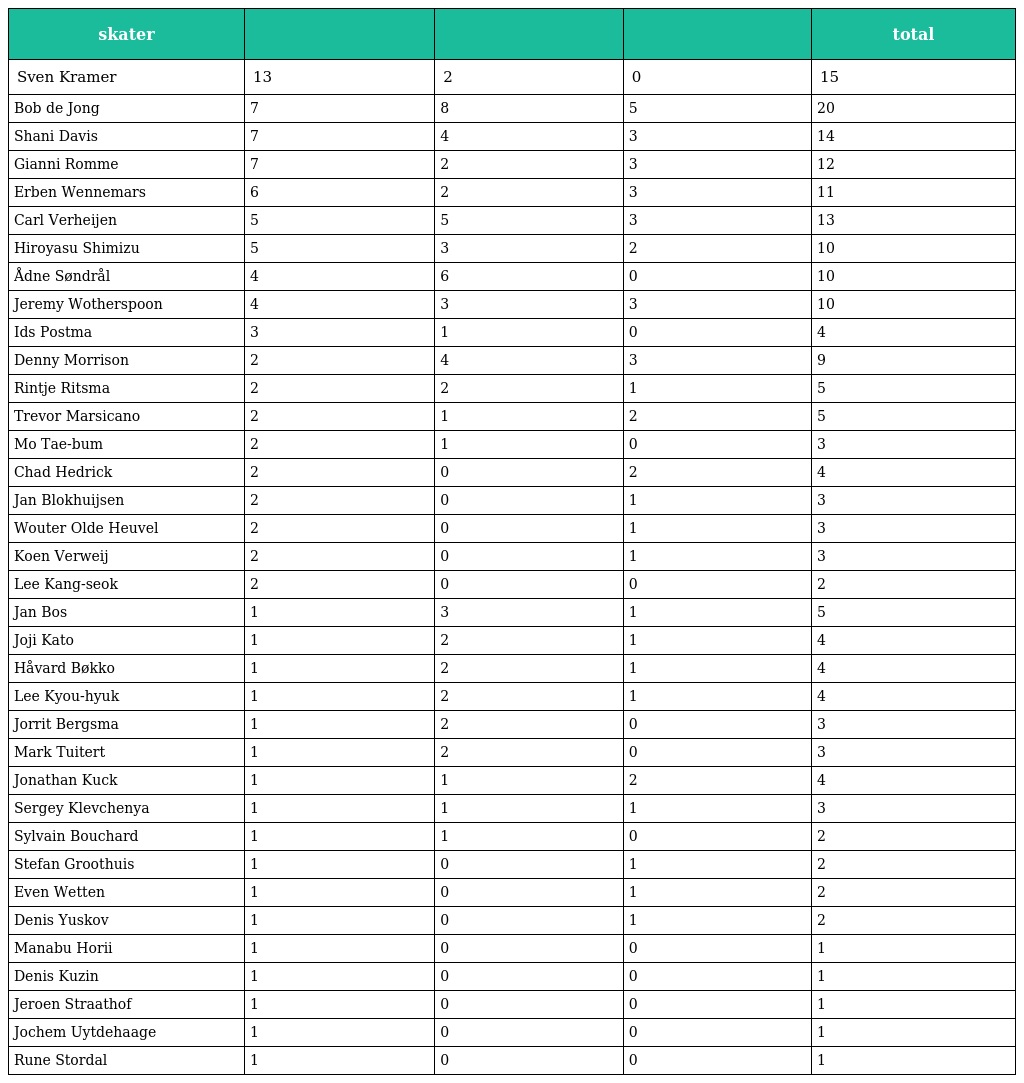
| skater |  |  |  | total |
 | --- | --- | --- | --- | --- |
 | Sven Kramer | 13 | 2 | 0 | 15 |
 | Bob de Jong | 7 | 8 | 5 | 20 |
 | Shani Davis | 7 | 4 | 3 | 14 |
 | Gianni Romme | 7 | 2 | 3 | 12 |
 | Erben Wennemars | 6 | 2 | 3 | 11 |
 | Carl Verheijen | 5 | 5 | 3 | 13 |
 | Hiroyasu Shimizu | 5 | 3 | 2 | 10 |
 | Ådne Søndrål | 4 | 6 | 0 | 10 |
 | Jeremy Wotherspoon | 4 | 3 | 3 | 10 |
 | Ids Postma | 3 | 1 | 0 | 4 |
 | Denny Morrison | 2 | 4 | 3 | 9 |
 | Rintje Ritsma | 2 | 2 | 1 | 5 |
 | Trevor Marsicano | 2 | 1 | 2 | 5 |
 | Mo Tae-bum | 2 | 1 | 0 | 3 |
 | Chad Hedrick | 2 | 0 | 2 | 4 |
 | Jan Blokhuijsen | 2 | 0 | 1 | 3 |
 | Wouter Olde Heuvel | 2 | 0 | 1 | 3 |
 | Koen Verweij | 2 | 0 | 1 | 3 |
 | Lee Kang-seok | 2 | 0 | 0 | 2 |
 | Jan Bos | 1 | 3 | 1 | 5 |
 | Joji Kato | 1 | 2 | 1 | 4 |
 | Håvard Bøkko | 1 | 2 | 1 | 4 |
 | Lee Kyou-hyuk | 1 | 2 | 1 | 4 |
 | Jorrit Bergsma | 1 | 2 | 0 | 3 |
 | Mark Tuitert | 1 | 2 | 0 | 3 |
 | Jonathan Kuck | 1 | 1 | 2 | 4 |
 | Sergey Klevchenya | 1 | 1 | 1 | 3 |
 | Sylvain Bouchard | 1 | 1 | 0 | 2 |
 | Stefan Groothuis | 1 | 0 | 1 | 2 |
 | Even Wetten | 1 | 0 | 1 | 2 |
 | Denis Yuskov | 1 | 0 | 1 | 2 |
 | Manabu Horii | 1 | 0 | 0 | 1 |
 | Denis Kuzin | 1 | 0 | 0 | 1 |
 | Jeroen Straathof | 1 | 0 | 0 | 1 |
 | Jochem Uytdehaage | 1 | 0 | 0 | 1 |
 | Rune Stordal | 1 | 0 | 0 | 1 |